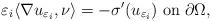
LaTeX: \begin{align*}\varepsilon_i \langle \nabla u_{\varepsilon_i}, \nu \rangle = - \sigma^{\prime}(u_{\varepsilon_i}) \mbox{ on} \; \partial \Omega, \end{align*}